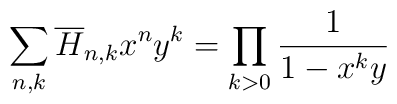
\sum_{n,k}\overline{H}_{n,k}x^n y^k=\prod_{k>0}{1\over1-x^k y}